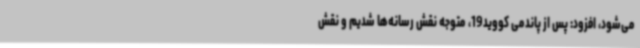
می‌شود، افزود: پس از پاندمی کووید19، متوجه نقش رسانه‌ها شدیم و نقش